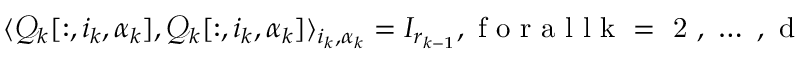
\langle \mathcal { Q } _ { k } [ : , i _ { k } , \alpha _ { k } ] , \mathcal { Q } _ { k } [ : , i _ { k } , \alpha _ { k } ] \rangle _ { i _ { k } , \alpha _ { k } } = I _ { r _ { k - 1 } } , \mathrm { ~ f ~ o ~ r ~ a ~ l ~ l ~ k ~ = ~ 2 ~ , ~ \ldots ~ , ~ d ~ }